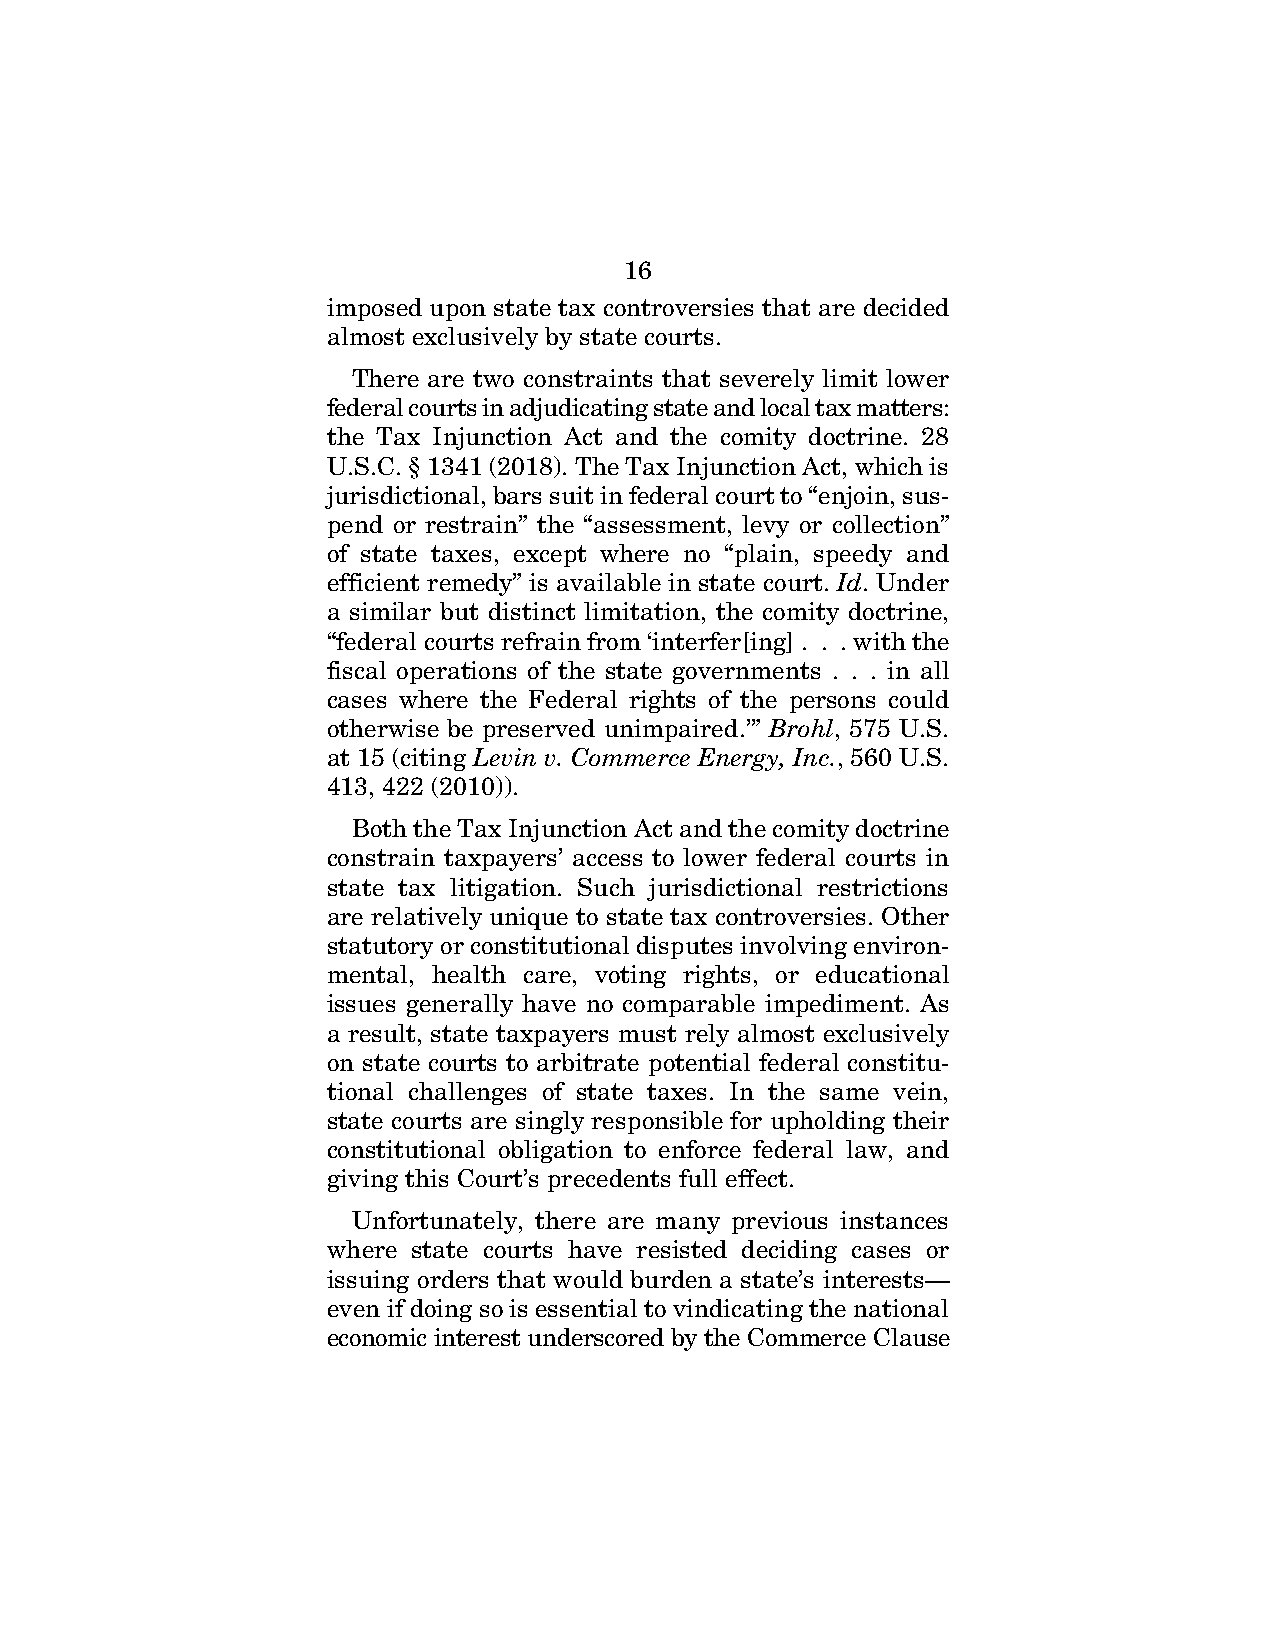
16
 imposed upon state tax controversies that are decided
 almost exclusively by state courts.
 There are two constraints that severely limit lower
 federal courts in adjudicating state and local tax matters:
 the Tax Injunction Act and the comity doctrine. 28
 U.S.C. § 1341 (2018). The Tax Injunction Act, which is
 jurisdictional, bars suit in federal court to “enjoin, sus-
 pend or restrain” the “assessment, levy or collection”
 of state taxes, except where no “plain, speedy and
 efficient remedy” is available in state court. Id. Under
 a similar but distinct limitation, the comity doctrine,
 “federal courts refrain from ‘interfer[ing] . . . with the
 fiscal operations of the state governments . . . in all
 cases where the Federal rights of the persons could
 otherwise be preserved unimpaired.’” Brohl, 575 U.S.
 at 15 (citing Levin v. Commerce Energy, Inc., 560 U.S.
 413, 422 (2010)).
 Both the Tax Injunction Act and the comity doctrine
 constrain taxpayers’ access to lower federal courts in
 state tax litigation. Such jurisdictional restrictions
 are relatively unique to state tax controversies. Other
 statutory or constitutional disputes involving environ-
 mental, health care, voting rights, or educational
 issues generally have no comparable impediment. As
 a result, state taxpayers must rely almost exclusively
 on state courts to arbitrate potential federal constitu-
 tional challenges of state taxes. In the same vein,
 state courts are singly responsible for upholding their
 constitutional obligation to enforce federal law, and
 giving this Court’s precedents full effect.
 Unfortunately, there are many previous instances
 where state courts have resisted deciding cases or
 issuing orders that would burden a state’s interests—
 even if doing so is essential to vindicating the national
 economic interest underscored by the Commerce Clause